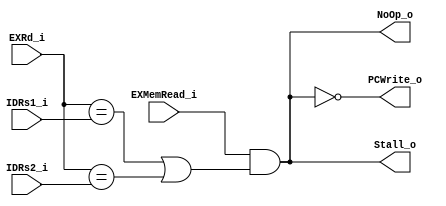
module Hazard_Detection
(
    IDRs1_i,
    IDRs2_i,
    EXRd_i,
    EXMemRead_i,
    PCWrite_o,
    Stall_o,
    NoOp_o
);

// Ports
input   [4:0]   IDRs1_i;
input   [4:0]   IDRs2_i;
input   [4:0]   EXRd_i;
input           EXMemRead_i;
output          PCWrite_o;
output          Stall_o;
output          NoOp_o;
// output reg      PCWrite_o;
// output reg      Stall_o;
// output reg      NoOp_o;

assign PCWrite_o = !(EXMemRead_i && ((EXRd_i == IDRs1_i) || (EXRd_i == IDRs2_i)));
assign Stall_o = !PCWrite_o;
assign NoOp_o = !PCWrite_o;

// always @(*) begin
//     if (EXMemRead_i
//         && ((EXRd_i == IDRs1_i) || (EXRd_i == IDRs2_i))) begin
//         PCWrite_o <= 0;
//         Stall_o <= 1;
//         NoOp_o <= 1;
//     end
//     else begin
//         PCWrite_o <= 1;
//         Stall_o <= 0;
//         NoOp_o <= 0;
//     end
//     $display("inner: HD.IDRs1_i = %d; HD.IDRs2_i = %d; HD.EXRd_i = %d; HD.EXMemRead = %d; HD.NoOp_o = %d;\\\\\\\\\\\\\\\\\\\\\\\\\\\\\\\\n", IDRs1_i, IDRs2_i, EXRd_i, EXMemRead_i, NoOp_o);
// end

endmodule